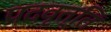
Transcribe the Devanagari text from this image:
पदवृत्ति